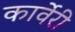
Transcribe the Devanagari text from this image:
कार्वेरी